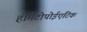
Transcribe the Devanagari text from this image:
हीमेटोपोईएटिक